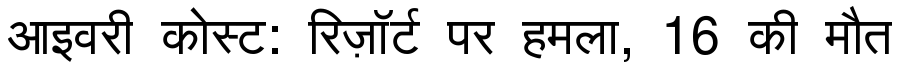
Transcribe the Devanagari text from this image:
आइवरी कोस्ट: रिज़ॉर्ट पर हमला, 16 की मौत